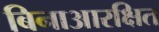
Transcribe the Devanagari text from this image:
बिनाआरक्षित